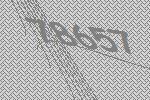
78657